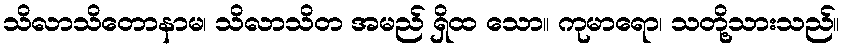
သိလာသိတောနာမ၊ သိလာသိတ အမည် ရှိထ သော။ ကုမာရော၊ သတို့သားသည်။